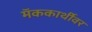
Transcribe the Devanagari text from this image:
मॅककार्थीवर